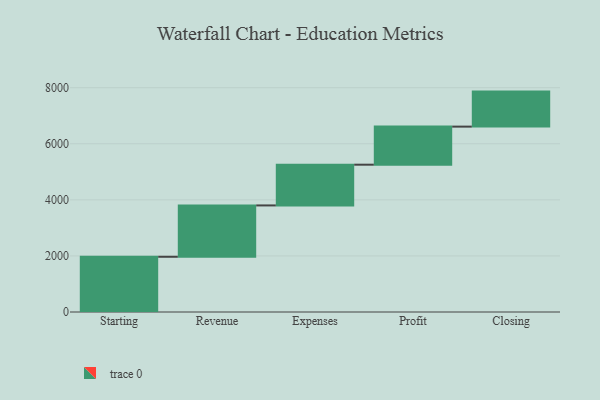
{"axis": {"x": "Step", "y": "Value"}, "legend": [""], "data": [{"x": "Starting", "y": 1970.0, "type": ""}, {"x": "Revenue", "y": 1831.0, "type": ""}, {"x": "Expenses", "y": 1453.0, "type": ""}, {"x": "Profit", "y": 1358.0, "type": ""}, {"x": "Closing", "y": 1249.0, "type": ""}]}